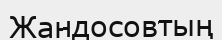
Жандосовтың